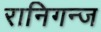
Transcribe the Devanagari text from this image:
रानिगन्ज